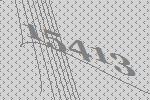
15413